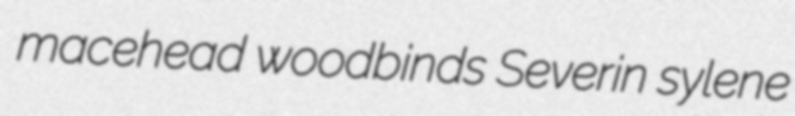
macehead woodbinds Severin sylene